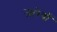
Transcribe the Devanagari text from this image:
जारेयों